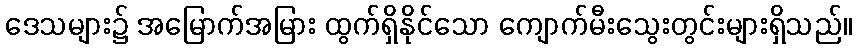
ဒေသများ၌ အမြောက်အမြား ထွက်ရှိနိုင်သော ကျောက်မီးသွေးတွင်းများရှိသည်။